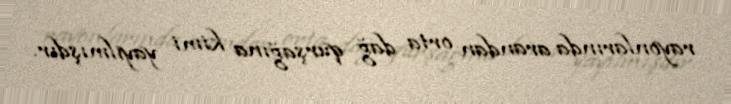
rayonlarında arandan orta dağ qurşağına kimi yayılmışdır.